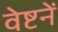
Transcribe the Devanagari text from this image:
वेष्टनें